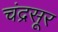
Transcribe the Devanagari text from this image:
चंद्रसूर